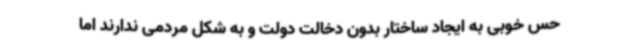
حس خوبی به ایجاد ساختار بدون دخالت دولت و به شکل مردمی ندارند اما